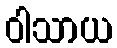
ဝါသာယ